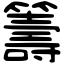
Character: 籌